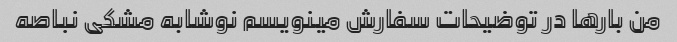
من بارها در توضیحات سفارش مینویسم نوشابه مشکی نباصه